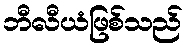
ဘီလီယံဖြစ်သည်